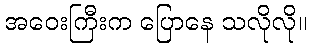
အဝေးကြီးက ပြောနေ သလိုလို။